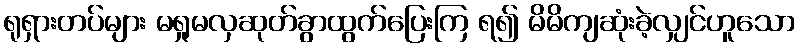
ရုရှားတပ်များ မရှုမလှဆုတ်ခွာထွက်ပြေးကြ ရ၍ မိမိကျဆုံးခဲ့လျှင်ဟူသော